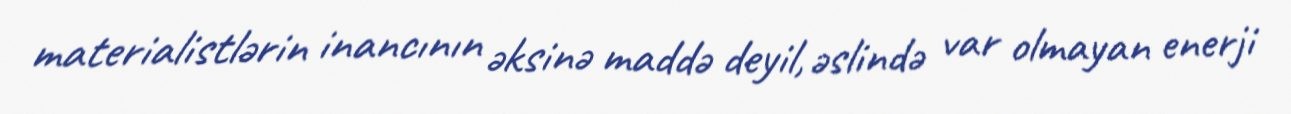
materialistlərin inancının əksinə maddə deyil, əslində var olmayan enerji